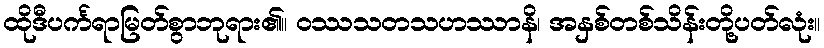
ထိုဒီပင်္ကရာမြတ်စွာဘုရား၏။ ဝဿသတသဟဿာနိ၊ အနှစ်တစ်သိန်းတို့ပတ်လုံး။